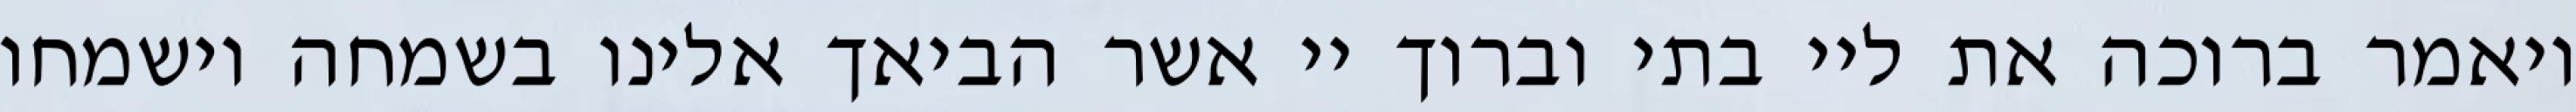
ויאמר ברוכה את ליי בתי וברוך יי אשר הביאך אלינו בשמחה וישמחו